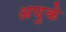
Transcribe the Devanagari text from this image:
अणुके